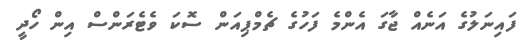
ފައިނަލުގެ އަނެއް ޖާގަ އެންމެ ފަހުގެ ޗެމްޕިއަން ސޮކަ ވެޓެރަންސް އިން ހޯދީ